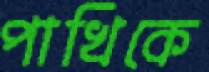
পাখিকে